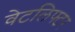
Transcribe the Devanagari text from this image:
वेटलिफ्टर